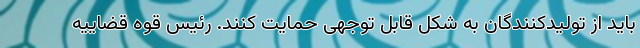
باید از تولیدکنندگان به شکل قابل توجهی حمایت کنند. رئیس قوه قضاییه